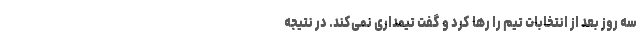
سه روز بعد از انتخابات تیم را رها کرد و گفت تیمداری نمی‌کند. در نتیجه